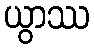
ယွာဿ